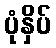
ပုံနှိပ်